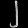
Digit: ၂